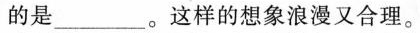
的是_________。这样的想象浪漫又合理。